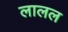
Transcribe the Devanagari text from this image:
लालल